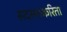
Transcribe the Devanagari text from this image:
सदस्याकरिता